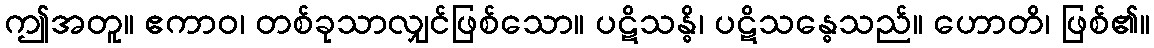
ဤအတူ။ ဧကာဝ၊ တစ်ခုသာလျှင်ဖြစ်သော။ ပဋိသန္ဓိ၊ ပဋိသန္ဓေသည်။ ဟောတိ၊ ဖြစ်၏။